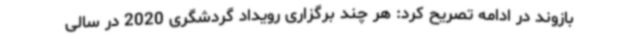
بازوند در ادامه تصریح کرد: هر چند برگزاری رویداد گردشگری 2020 در سالی